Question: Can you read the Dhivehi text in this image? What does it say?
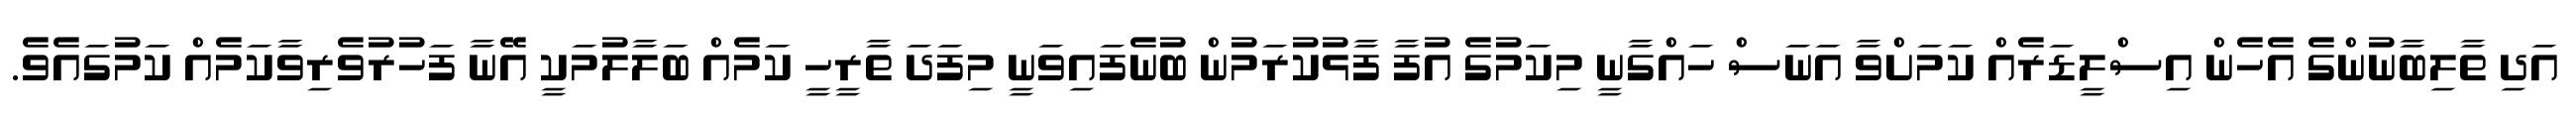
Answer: އަދި ތާލިބާނުންގެ އެހެން އިސްލީޑަރެއް ކަމަށްވާ އަނަސް ހައްގާނީ މިކަމުގެ އުފާ ފާޅުކުރަމުން ބުނެފައިވަނީ މިފަދަ ތާރީހީ ކަމެއް ބަލާލުމަކީ އޭނާ ފަހުރުވެރިވާކަމެއް ކަމުގައެވެ.